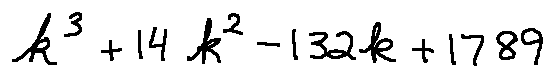
k ^ { 3 } + 1 4 k ^ { 2 } - 1 3 2 k + 1 7 8 9